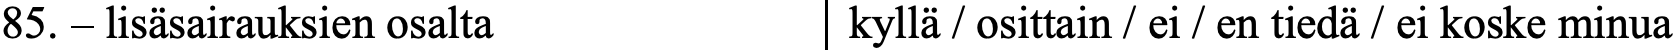
85. – lisäsairauksien osalta kyllä / osittain / ei / en tiedä / ei koske minua